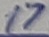
Text: 17